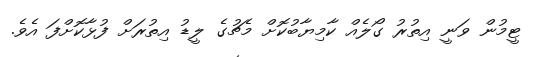
ޓީމުން ވަނީ އިތުރު ގޯލެއް ކާމިޔާބުކޮށް މެޗުގެ ލީޑު އިތުރަށް ފުޅާކޮށްފަ އެވެ.